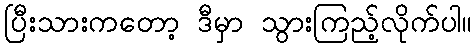
ပြီးသားကတော့ ဒီမှာ သွားကြည့်လိုက်ပါ။